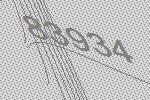
83934